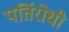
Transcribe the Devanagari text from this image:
पर्तिरोधी